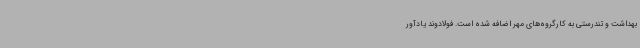
بهداشت و تندرستی به کارگروه‌های مهر اضافه شده است. فولادوند یادآور